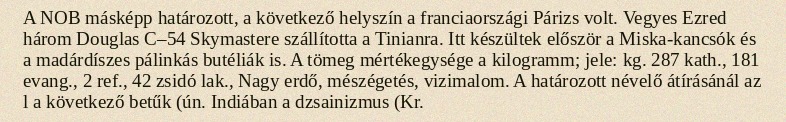
A NOB másképp határozott, a következő helyszín a franciaországi Párizs volt. Vegyes Ezred három Douglas C–54 Skymastere szállította a Tinianra. Itt készültek először a Miska-kancsók és a madárdíszes pálinkás butéliák is. A tömeg mértékegysége a kilogramm; jele: kg. 287 kath., 181 evang., 2 ref., 42 zsidó lak., Nagy erdő, mészégetés, vizimalom. A határozott névelő átírásánál az l a következő betűk (ún. Indiában a dzsainizmus (Kr.